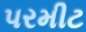
પરમીટ